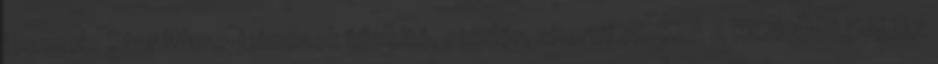
lesznek: Star Wars-jelmezek tűzoltó, rendőr, sheriff VISSZA A KEZDŐOLDALRA